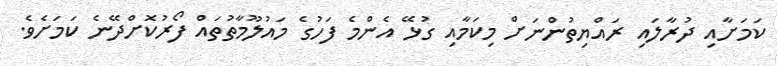
ކަމަށާއި ދުރާލައި ރައްޔިތުންނަށް މިކަމާއި ގުޅޭ އެންމެ ފަހުގެ މައުލޫމާތުތައް ފޯރުކޮށްދޭނެ ކަމަށެވެ.